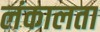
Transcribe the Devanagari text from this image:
लंकालता